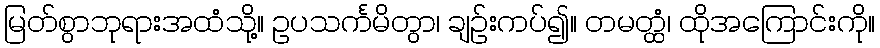
မြတ်စွာဘုရားအထံသို့။ ဥပသင်္ကမိတွာ၊ ချဉ်းကပ်၍။ တမတ္ထံ၊ ထိုအကြောင်းကို။